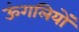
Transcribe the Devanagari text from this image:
ऊंगलियों